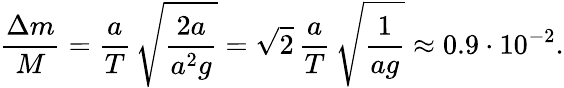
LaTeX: \frac{\Delta m}{M}=\frac{a}{T}\, \sqrt{\frac{2a}{a^{2}g}}=\sqrt{2}\, \frac{a}{T}\, \sqrt{\frac{1}{ag}}\approx 0.9\cdot 10^{-2}.